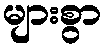
များစွာ